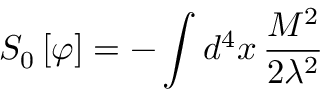
S _ { 0 } \left[ \varphi \right] = - \int d ^ { 4 } x \, \frac { M ^ { 2 } } { 2 \lambda ^ { 2 } }